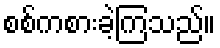
စစ်ကစားခဲ့ကြသည်။